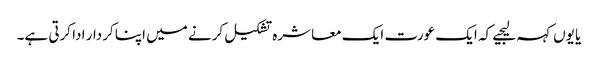
یا یوں کہہ لیجیے کہ ایک عورت ایک معاشرہ تشکیل کرنے میں اپنا کردار ادا کرتی ہے۔